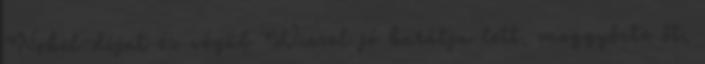
Nobel-díjat és végül Wiesel jó barátja lett, meggyőzte őt,